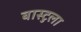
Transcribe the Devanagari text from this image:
बास्टुला